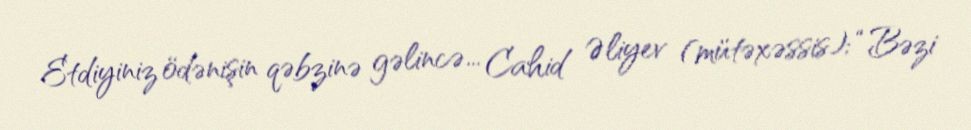
Etdiyiniz ödənişin qəbzinə gəlincə... Cahid Əliyev (mütəxəssis): “Bəzi